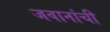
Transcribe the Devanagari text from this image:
जवानांची